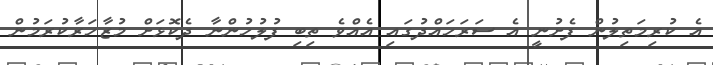
އެ ކުރިމަތިލުން ފެށުނީ އެ ސަރަހައްދުގައި އެއްވެ ތިބި ފުލުހުންނާ ދެކޮޅަށް މުޒާހަރާކުރަމުން